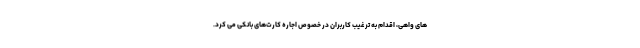
های واهی، اقدام به ترغیب کاربران در خصوص اجاره کارت‌های بانکی می کرد.